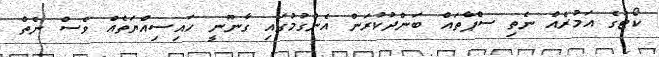
ކޯޓުގެ އަމުރެއް ނެތި ސްޕާތައް ބަންދުކުރަން އެންގުމުގައި ގާނޫނީ ހައިސިއްޔަތެއް ވެސް ނެތް